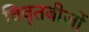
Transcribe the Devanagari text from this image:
विवृतबीजों